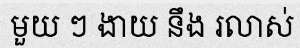
មួយ ៗ ងាយ នឹង រលាស់